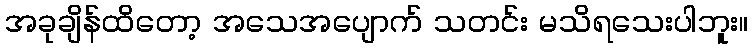
အခုချိန်ထိတော့ အသေအပျောက် သတင်း မသိရသေးပါဘူး။